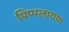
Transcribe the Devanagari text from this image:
पिप्पलायण